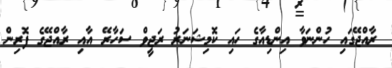
ރާއްޖޭގައި ހުންނަވާ އިންޑިއާގެ ހައި ކޮމިޝަނަރު ރަޖީވް ސަހާރޭ އާއި ރާއްޖޭގެ ފޮރިން